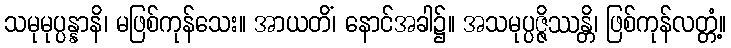
သမုမုပ္ပန္နာနိ၊ မဖြစ်ကုန်သေး။ အာယတိံ၊ နောင်အခါ၌။ အသမုပ္ပဇ္ဇိဿန္တိ၊ ဖြစ်ကုန်လတ္တံ့။